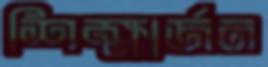
শিক্ষার্জন